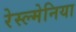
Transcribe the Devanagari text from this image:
रेस्ल्मेनिया